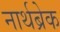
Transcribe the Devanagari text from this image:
नार्थब्रेक